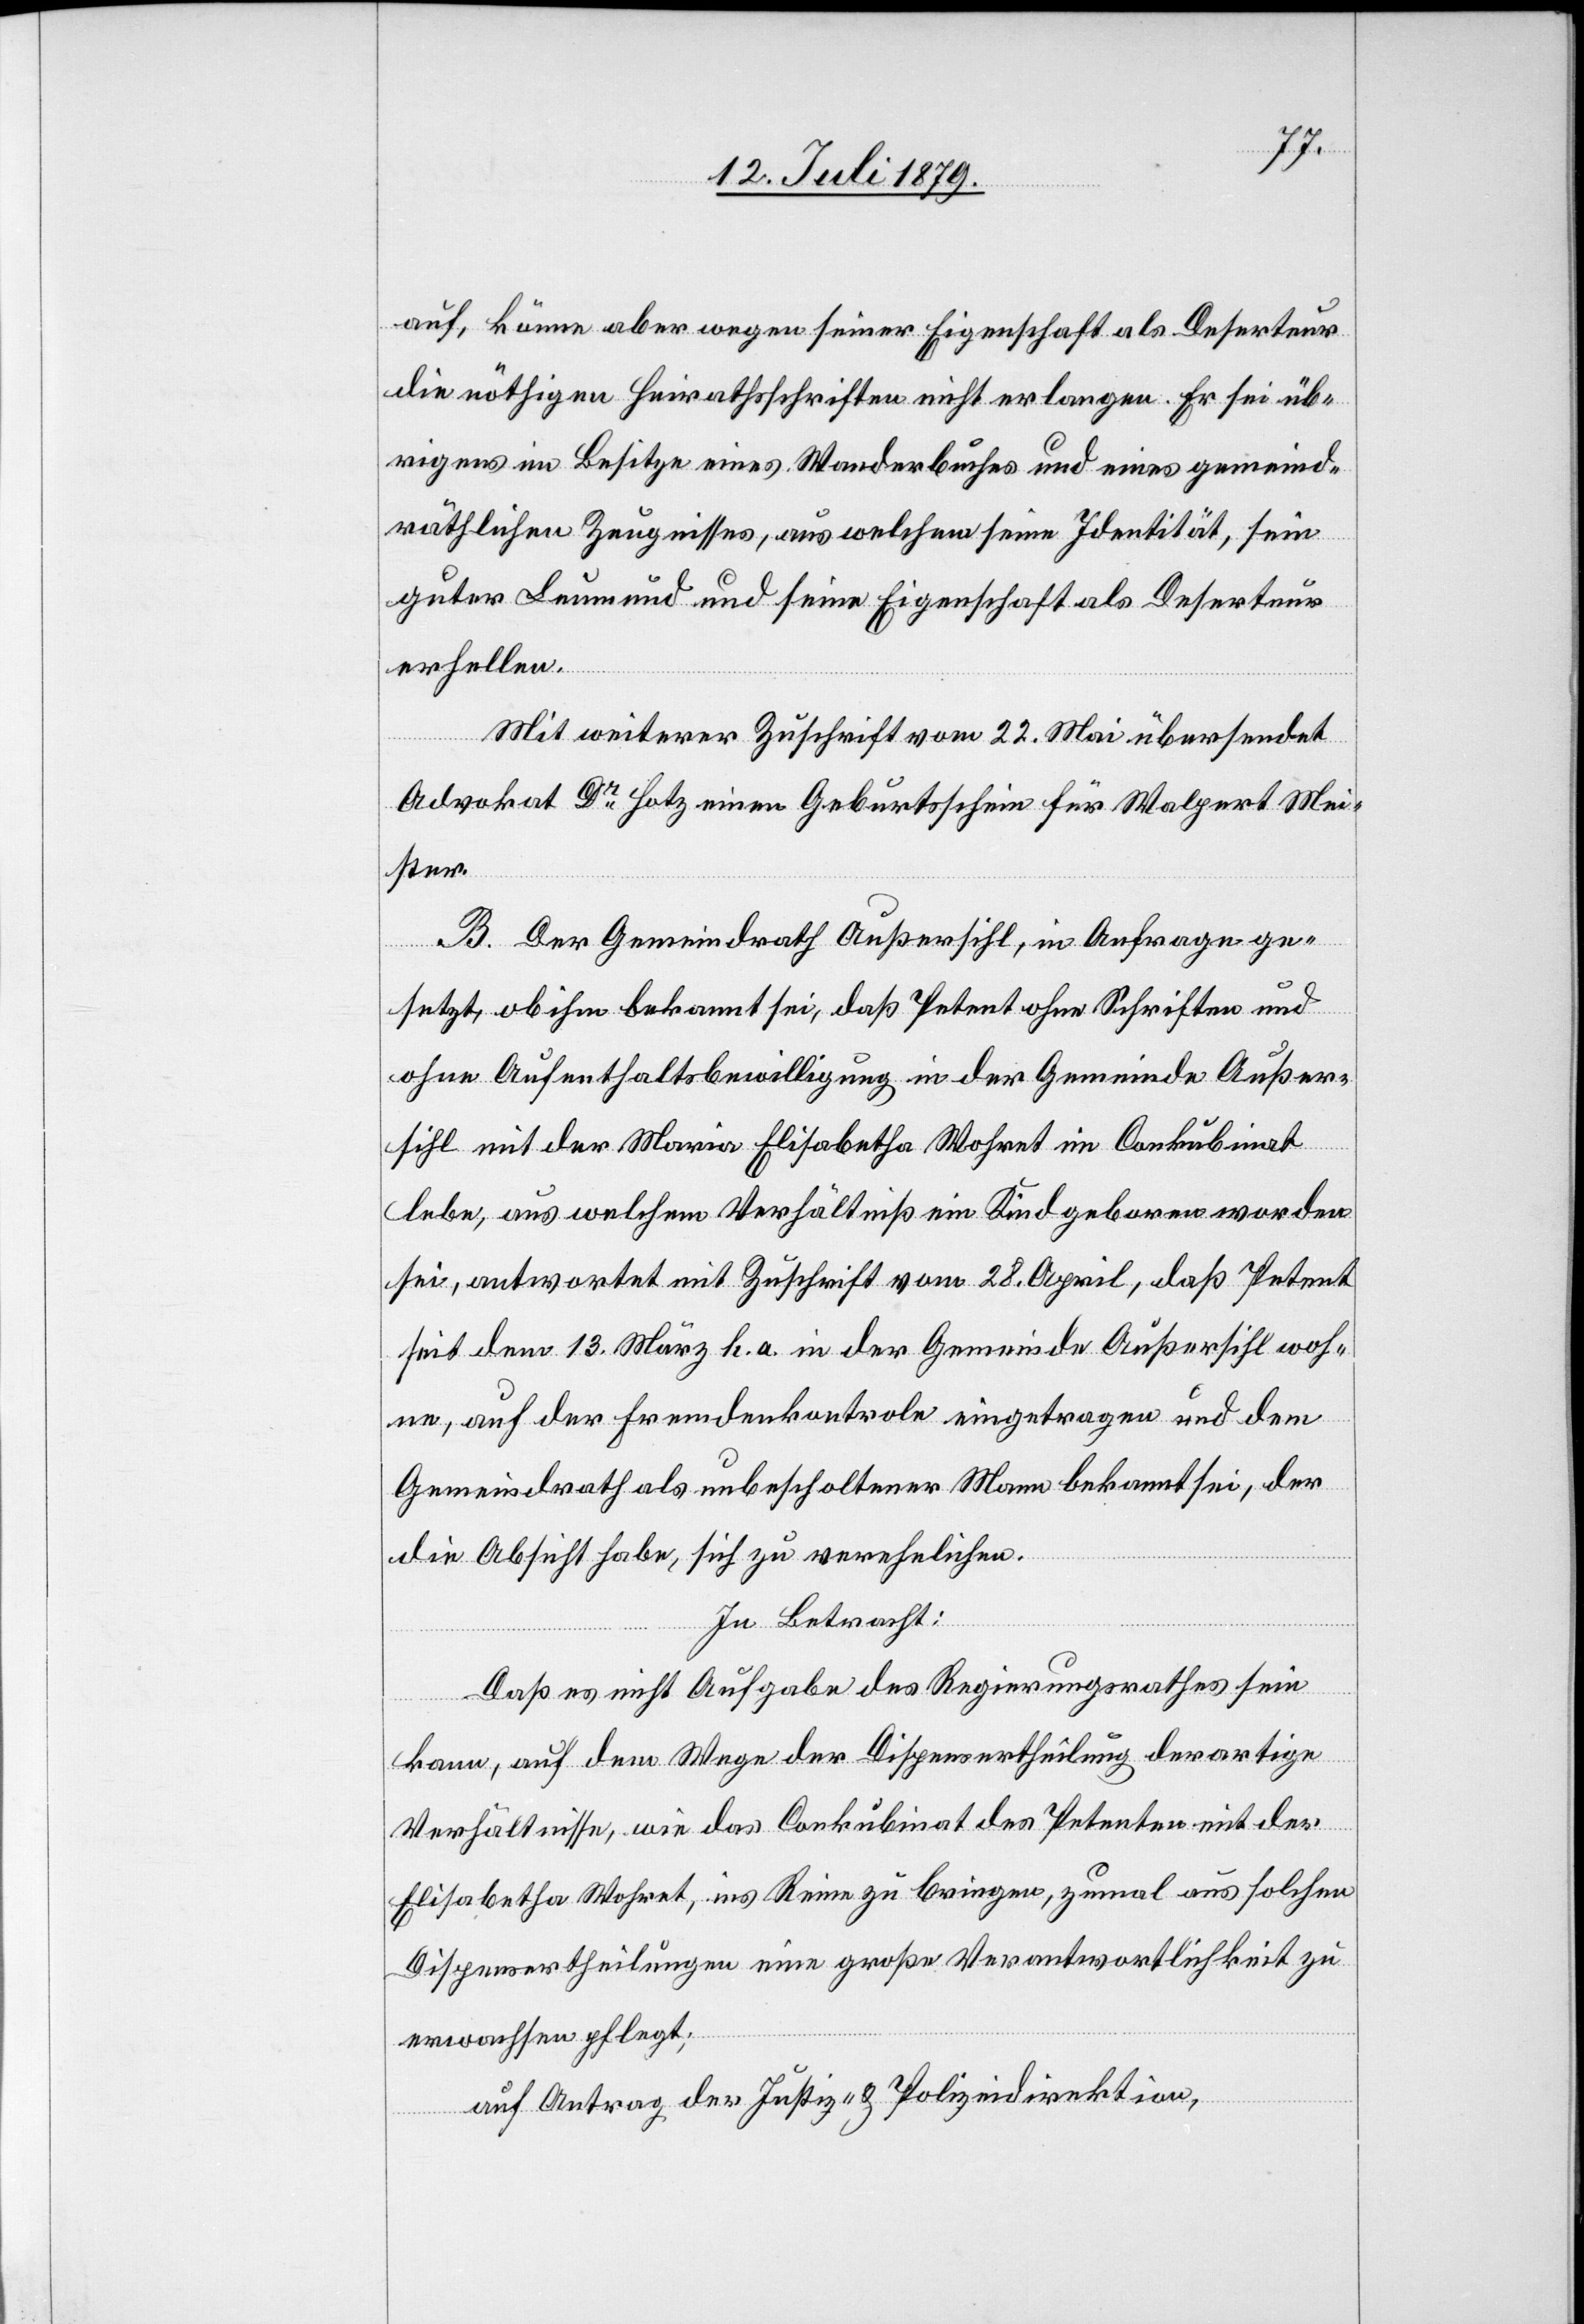
auf, könne aber wegen seiner Eigenschaft als Deserteur
die nöthigen Heirathsschriften nicht erlangen. Er sei üb¬
rigens im besitze eines Wanderbuches und eines gemeind¬
räthlichen Zeugnisses, aus welchem seine Identität, sein
guter Leumund und seine Eigenschaft als Deserteur
erhellen.
Mit weiterer Zuschrift vom 22. Mai übersendet
Advokat Dr Hotz einen Geburtsschein für Walpert Mei¬
ster.
B. Der Gemeindrath Außersihl, in Anfrage ge¬
setzt, ob ihm bekannt sei, daß Petent ohne Schriften und
ohne Aufenthaltsbewilligung in der Gemeinde Außer¬
sihl mit der Maria Elisabetha Wohret im Conkubinat
lebe, aus welchem Verhältniß ein Kind geboren worden
sei, antwortet mit Zuschrift vom 28. April, daß Petent
seit dem 13. März h. a. in der Gemeinde Außersihl woh¬
ne, auf der Fremdenkontrole eingetragen und dem
Gemeindrath als unbescholtener Mann bekannt sei, der
die Absicht habe, sich zu verehelichen.
In Betracht:
Daß es nicht Aufgabe des Regierungsrathes sein
kann, auf dem Wege der Dispensertheilung derartige
Verhältnisse, wie das Conkubinat des Petenten mit der
Elisabetha Wohret, ins Reine zu bringen, zumal aus solchen
Dispensertheilungen eine große Verantwortlichkeit zu
erwachsen pflegt;
auf Antrag der Justiz- & Polizeidirektion,